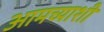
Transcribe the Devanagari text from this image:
आमच्याशी